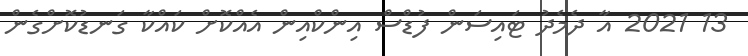
13 2021 އާ ދެމެދު ޓައިސަން ފުޑްސް އިންކްއިން އެއްކޮށް ކައްކާ ގަނޑުކޮށްގެން